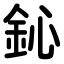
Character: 鈊